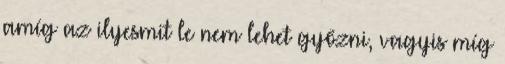
amíg az ilyesmit le nem lehet győzni, vagyis míg